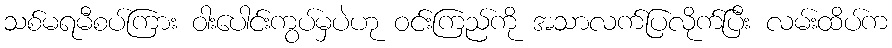
သစ်မရမီစပ်ကြား ဝါးပေါင်းကွပ်မှပဲဟု ဝင်းကြည်ကို အသာလက်ပြလိုက်ပြီး လမ်းထိပ်က